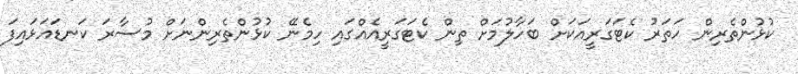
ކުޅުންތެރިން ހަތަރު ކެޓަގަރީއަކަށް ބަހާލުމަށް ތިން ކެޓަގަރީއެއްގައި ހިމެނޭ ކުޅުންތެރިންނަށް މުސާރަ ކަނޑައަޅައިފަ